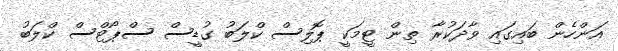
އަންހެން ބައިގައި ވާދަކުރާ ތިން ޓީމަކީ ޕޮލިސް ކްލަބު ގުޑީސް ސްޕޯޓްސް ކްލަބު